Language: tamil
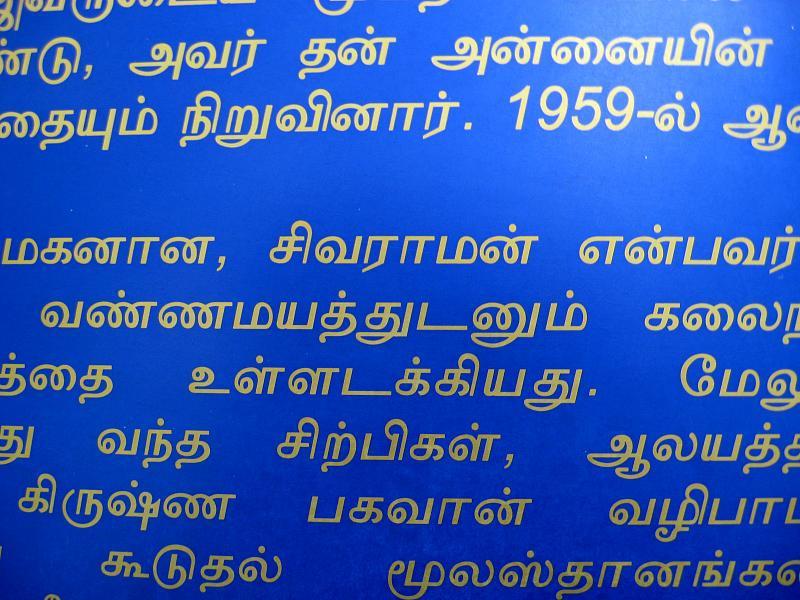
Transcription: டு தன் நிறுவினார் ல் ஆ மகனான சிவராமன் மே வந்த சிற்பிகள் ஆலயத் கிருஷ்ண பகவான் வழிபாட கூடுதல் த்துடனும் ங்க அன்னையின் ழலஸ்தான கலை உள்ளடக்கியது த்தை என்பவர் அவர் து வண்ணமய தையும்